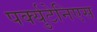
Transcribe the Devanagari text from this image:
पर्क्युटेनिएस